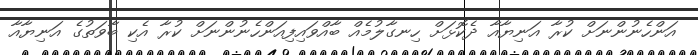
އަންހެނުންނަށް ކުރާ އަނިޔާއާ ދެކޮޅަށް ހިނގާލުމެއް ބާއްވައިފިއަންހެނުންނަށް ކުރާ އެކި ބާވަތުގެ އަނިޔާއާ